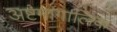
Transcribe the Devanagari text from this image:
अष्टमांगालिक